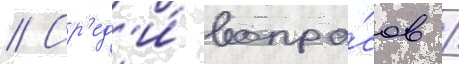
// Ср'ед'и́ вопро́сов /